Indian journal of veterinary science and animal husbandry - Volume 6,
Year: 1936
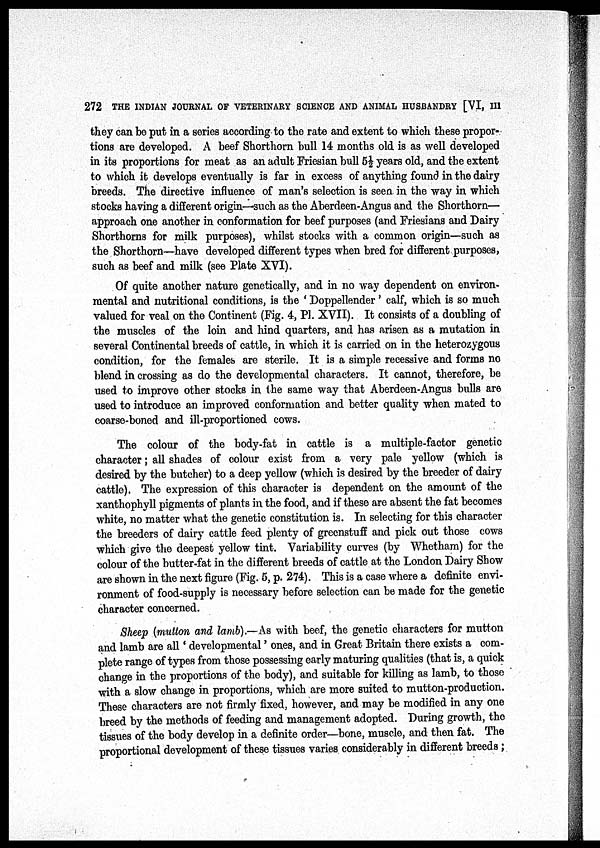
272 THE INDIAN JOURNAL OF VETERINARY SCIENCE AND ANIMAL HUSBANDRY [VI, III
they can be put in a series according to the rate and extent to which these propor-
tions are developed. A beef Shorthorn bull 14 months old is as well developed
in its proportions for meat as an adult Friesian bull 5½ years old, and the extent
to which it develops eventually is far in excess of anything found in the dairy
breeds. The directive influence of man's selection is seen in the way in which
stocks having a different origin—such as the Aberdeen-Angus and the Shorthorn—
approach one another in conformation for beef purposes (and Friesians and Dairy
Shorthorns for milk purposes), whilst stocks with a common origin—such as
the Shorthorn—have developed different types when bred for different purposes,
such as beef and milk (see Plate XVI).
Of quite another nature genetically, and in no way dependent on environ-
mental and nutritional conditions, is the ' Doppellender' calf, which is so much
valued for veal on the Continent (Fig. 4, Pl. XVII). It consists of a doubling of
the muscles of the loin and hind quarters, and has arisen as a mutation in
several Continental breeds of cattle, in which it is carried on in the heterozygous
condition, for the females are sterile. It is a simple recessive and forms no
blend in crossing as do the developmental characters. It cannot, therefore, be
used to improve other stocks in the same way that Aberdeen-Angus bulls are
used to introduce an improved conformation and better quality when mated to
coarse-boned and ill-proportioned cows.
The colour of the body-fat in cattle is a multiple-factor genetic
character; all shades of colour exist from a very pale yellow (which is
desired by the butcher) to a deep yellow (which is desired by the breeder of dairy
cattle). The expression of this character is dependent on the amount of the
xanthophyll pigments of plants in the food, and if these are absent the fat becomes
white, no matter what the genetic constitution is. In selecting for this character
the breeders of dairy cattle feed plenty of greenstuff and pick out those cows
which give the deepest yellow tint. Variability curves (by Whetham) for the
colour of the butter-fat in the different breeds of cattle at the London Dairy Show
are shown in the next figure (Fig. 5, p. 274). This is a case where a definite envi-
ronment of food-supply is necessary before selection can be made for the genetic
character concerned.
Sheep (mutton and lamb).—As with beef, the genetic characters for mutton
and lamb are all ' developmental' ones, and in Great Britain there exists a com-
plete range of types from those possessing early maturing qualities (that is, a quick
change in the proportions of the body), and suitable for killing as lamb, to those
with a slow change in proportions, which are more suited to mutton-production.
These characters are not firmly fixed, however, and may be modified in any one
breed by the methods of feeding and management adopted. During growth, the
tissues of the body develop in a definite order—bone, muscle, and then fat. The
proportional development of these tissues varies considerably in different breeds;